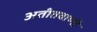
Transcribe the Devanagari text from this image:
अतीतवाणी